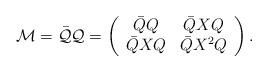
LaTeX: \begin{align*}{\cal M} = \bar{\cal Q} {\cal Q} =\left( \begin{array}{cc} \bar{Q}Q & \bar{Q} XQ \\\bar{Q} XQ & \bar{Q}X^2 Q\end{array} \right).\end{align*}